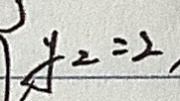
y _ { 2 } = 2 ,